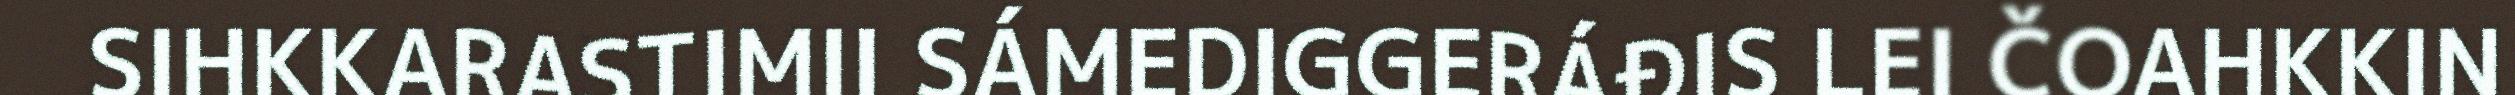
SIHKKARASTIMII SÁMEDIGGERÁĐIS LEI ČOAHKKIN